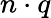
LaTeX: n\cdot q